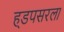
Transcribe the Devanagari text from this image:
ह्डपसरला